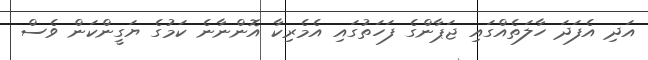
އަދި އެފަދަ ހާލަތެއްގައި ޖަޕާންގެ ފަހަތުގައި އެމެރިކާ އޮންނާނެ ކަމުގެ ޔަގީންކަން ވެސް